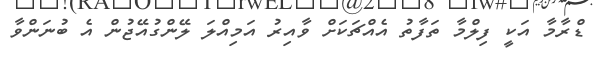
ޑްރާމާ އަކީ ފިލްމާ ތަފާތު އެއްޗަކަށް ވާއިރު އަމިއްލަ ލޭންގުއޭޖުން އެ ބުނަންވާ